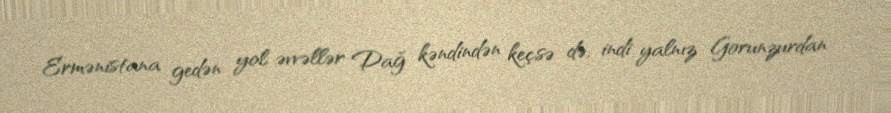
Ermənistana gedən yol əvvəllər Dağ kəndindən keçsə də, indi yalnız Gorunzurdan